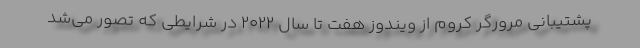
پشتیبانی مرورگر کروم از ویندوز هفت تا سال ۲۰۲۲ در شرایطی که تصور می‌شد